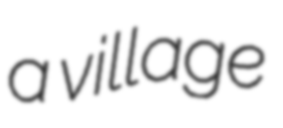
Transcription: a village